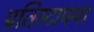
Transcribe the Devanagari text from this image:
प्रतिस्टापना